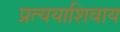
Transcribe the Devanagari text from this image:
प्रत्ययाशिवाय